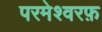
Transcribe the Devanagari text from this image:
परमेश्वरफ़